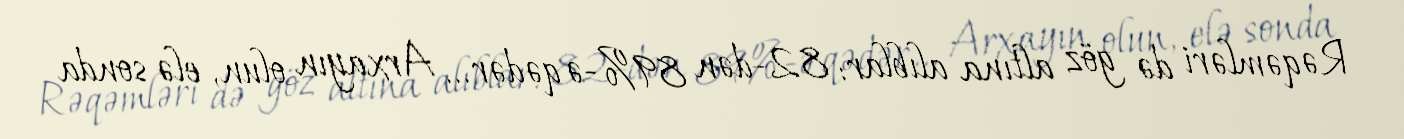
Rəqəmləri də göz altına alıblar: 82-dən 89%-ə qədər... Arxayın olun, elə sonda